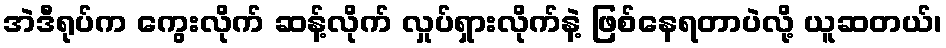
အဲဒီရုပ်က ကွေးလိုက် ဆန့်လိုက် လှုပ်ရှားလိုက်နဲ့ ဖြစ်နေရတာပဲလို့ ယူဆတယ်၊